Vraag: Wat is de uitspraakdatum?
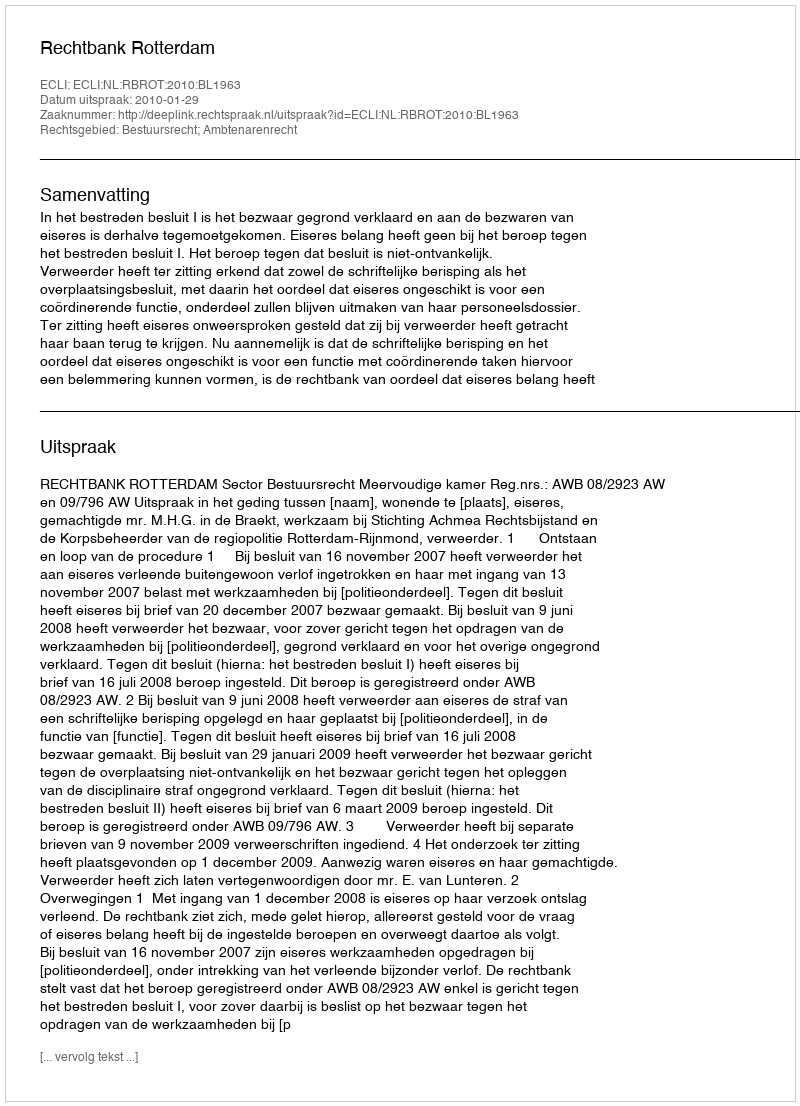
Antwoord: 2010-01-29